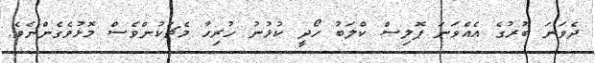
ދެވަނަ ބުރުގެ އެއްވަނަ ޕޮލިސް ކްލަބު ހޯދީ ކުޅުނު ހުރިހާ މެޗަކުންވެސް މޮޅުވެގެންނެވެ.